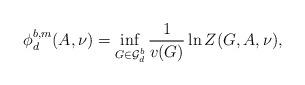
LaTeX: \begin{align*}\phi^{b,m}_d(A,\nu)=\inf_{G\in \mathcal{G}^b_d} \frac{1}{v(G)}\ln Z(G,A,\nu),\end{align*}